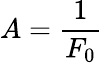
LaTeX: A=\frac{1}{F_{0}}